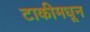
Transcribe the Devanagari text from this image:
टाकीमधून